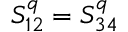
S _ { 1 2 } ^ { q } = S _ { 3 4 } ^ { q }